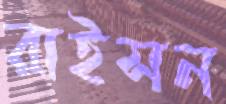
রাইসন